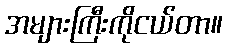
အများကြီးကိုငယ်တာ။